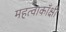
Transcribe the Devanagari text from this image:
महत्वाकाँक्षी